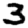
Digit: 3